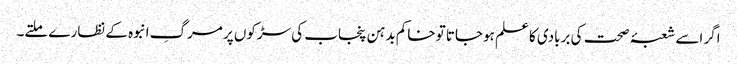
اگر اسے شعبۂ صحت کی بربادی کا علم ہوجاتا تو خاکم بدہن پنجاب کی سڑکوں پر مرگِ انبوہ کے نظارے ملتے۔